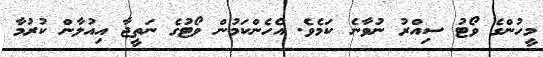
މީހުންގެ ވޯޓު ސިއްރު ނުވާނެ ކަމެވެ. އެހެންކަމުން ވޯޓުގެ ނަތީޖާ އިއުލާން ކުރުމާ